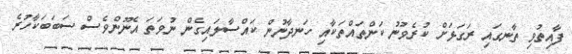
ފާއިތުވި ތާނގައި ރަގަޅަށް ކުރެވުނު ކަންތައްތަކާއި ހަނދާނުން ކައްސާލައިގެން ނުވަތަ އެނޫންވެސް ސަބަބަކާހުރެ